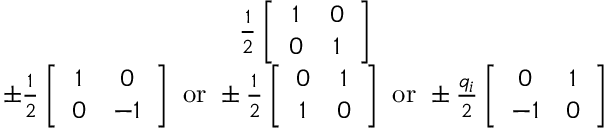
\begin{array} { c } { { \frac { 1 } { 2 } \left[ \begin{array} { c c } { { 1 } } & { { 0 } } \\ { { 0 } } & { { 1 } } \end{array} \right] } } \\ { { \pm \frac { 1 } { 2 } \left[ \begin{array} { c c } { { 1 } } & { { 0 } } \\ { { 0 } } & { { - 1 } } \end{array} \right] \mathrm { ~ o r ~ } \pm \frac { 1 } { 2 } \left[ \begin{array} { c c } { { 0 } } & { { 1 } } \\ { { 1 } } & { { 0 } } \end{array} \right] \mathrm { ~ o r ~ } \pm \frac { q _ { i } } { 2 } \left[ \begin{array} { c c } { { 0 } } & { { 1 } } \\ { { - 1 } } & { { 0 } } \end{array} \right] } } \end{array}